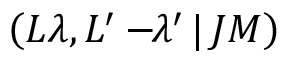
\left( L \lambda , L ^ { \prime } - \! \! \lambda ^ { \prime } \, | \, J M \right)